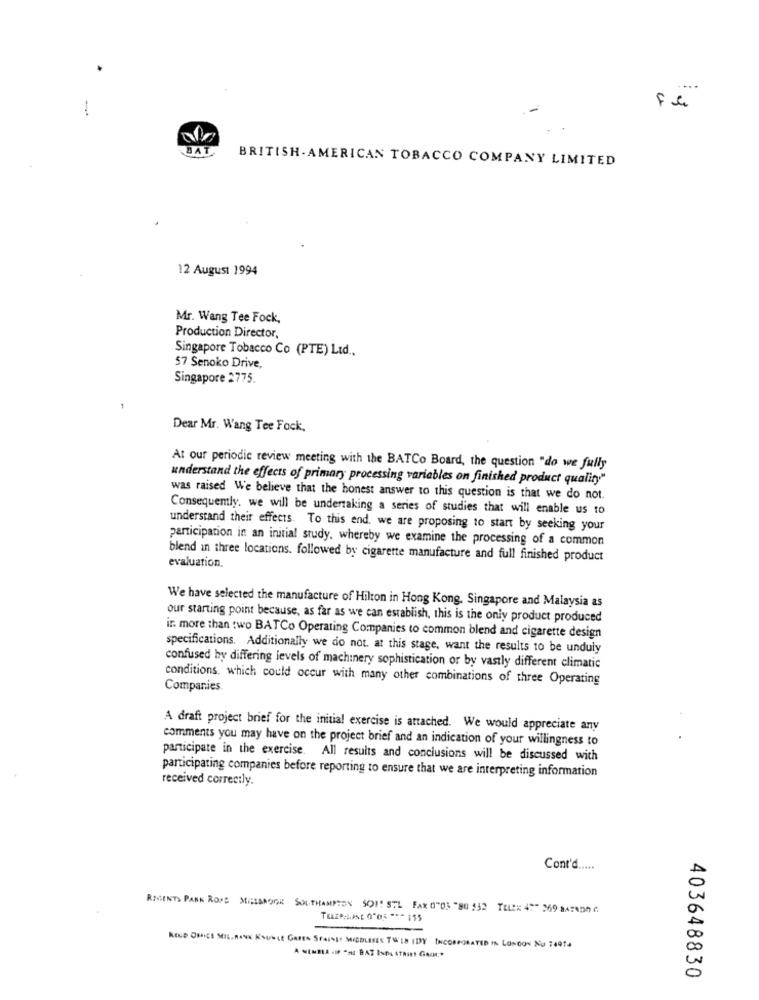
DA
BRITISH-AMERICAN TOBACCO COMPANY LIMITED
12 August 1994
Mr. Wang Tee Fock,
Production Director,
Singapore Tobacco Co (PTE) Lid .,
57 Senoko Drive,
Singapore 2775.
Dear Mr. Wang Tee Fock,
At our periodic review meeting with the BATCo Board, the question "do we fully
understand the effects of primary processing variables on finished product quality"
was raised We believe that the honest answer to this question is that we do not.
Consequently. we will be undertaking a series of studies that will enable us to
understand their effects. To this end. we are proposing to start by seeking your
participation in an initial study, whereby we examine the processing of a common
evaluation.
blend in three locations. followed by cigarette manufacture and full finished product
We have selected the manufacture of Hilton in Hong Kong, Singapore and Malaysia as
our starting point because, as far as we can establish, this is the only product produced
ir. more than two BATCo Operating Companies to common blend and cigarette design
specifications. Additionally we do not. at this stage, want the results to be unduly
confused by differing levels of machinery sophistication or by vastly different climatic
conditions, which could occur with many other combinations of three Operating
Companies.
A draft project brief for the initial exercise is attached. We would appreciate any
comments you may have on the project brief and an indication of your willingness to
participate in the exercise. All results and conclusions will be discussed with
participating companies before reporting to ensure that we are interpreting information
received correctly.
Cont'd .....
REGENTS PARK RONS MELANOGA SOUTHAMPTON SOIT STL FAX 0-05 -90 532 TELEX 4"" 269 BATNon C.
KOLD OFFICE MIL.RISK KOUBLE GARES STAISE MIGBLESES TWIS IDY INCORPORATED IN LONDON NO :4974
403648830